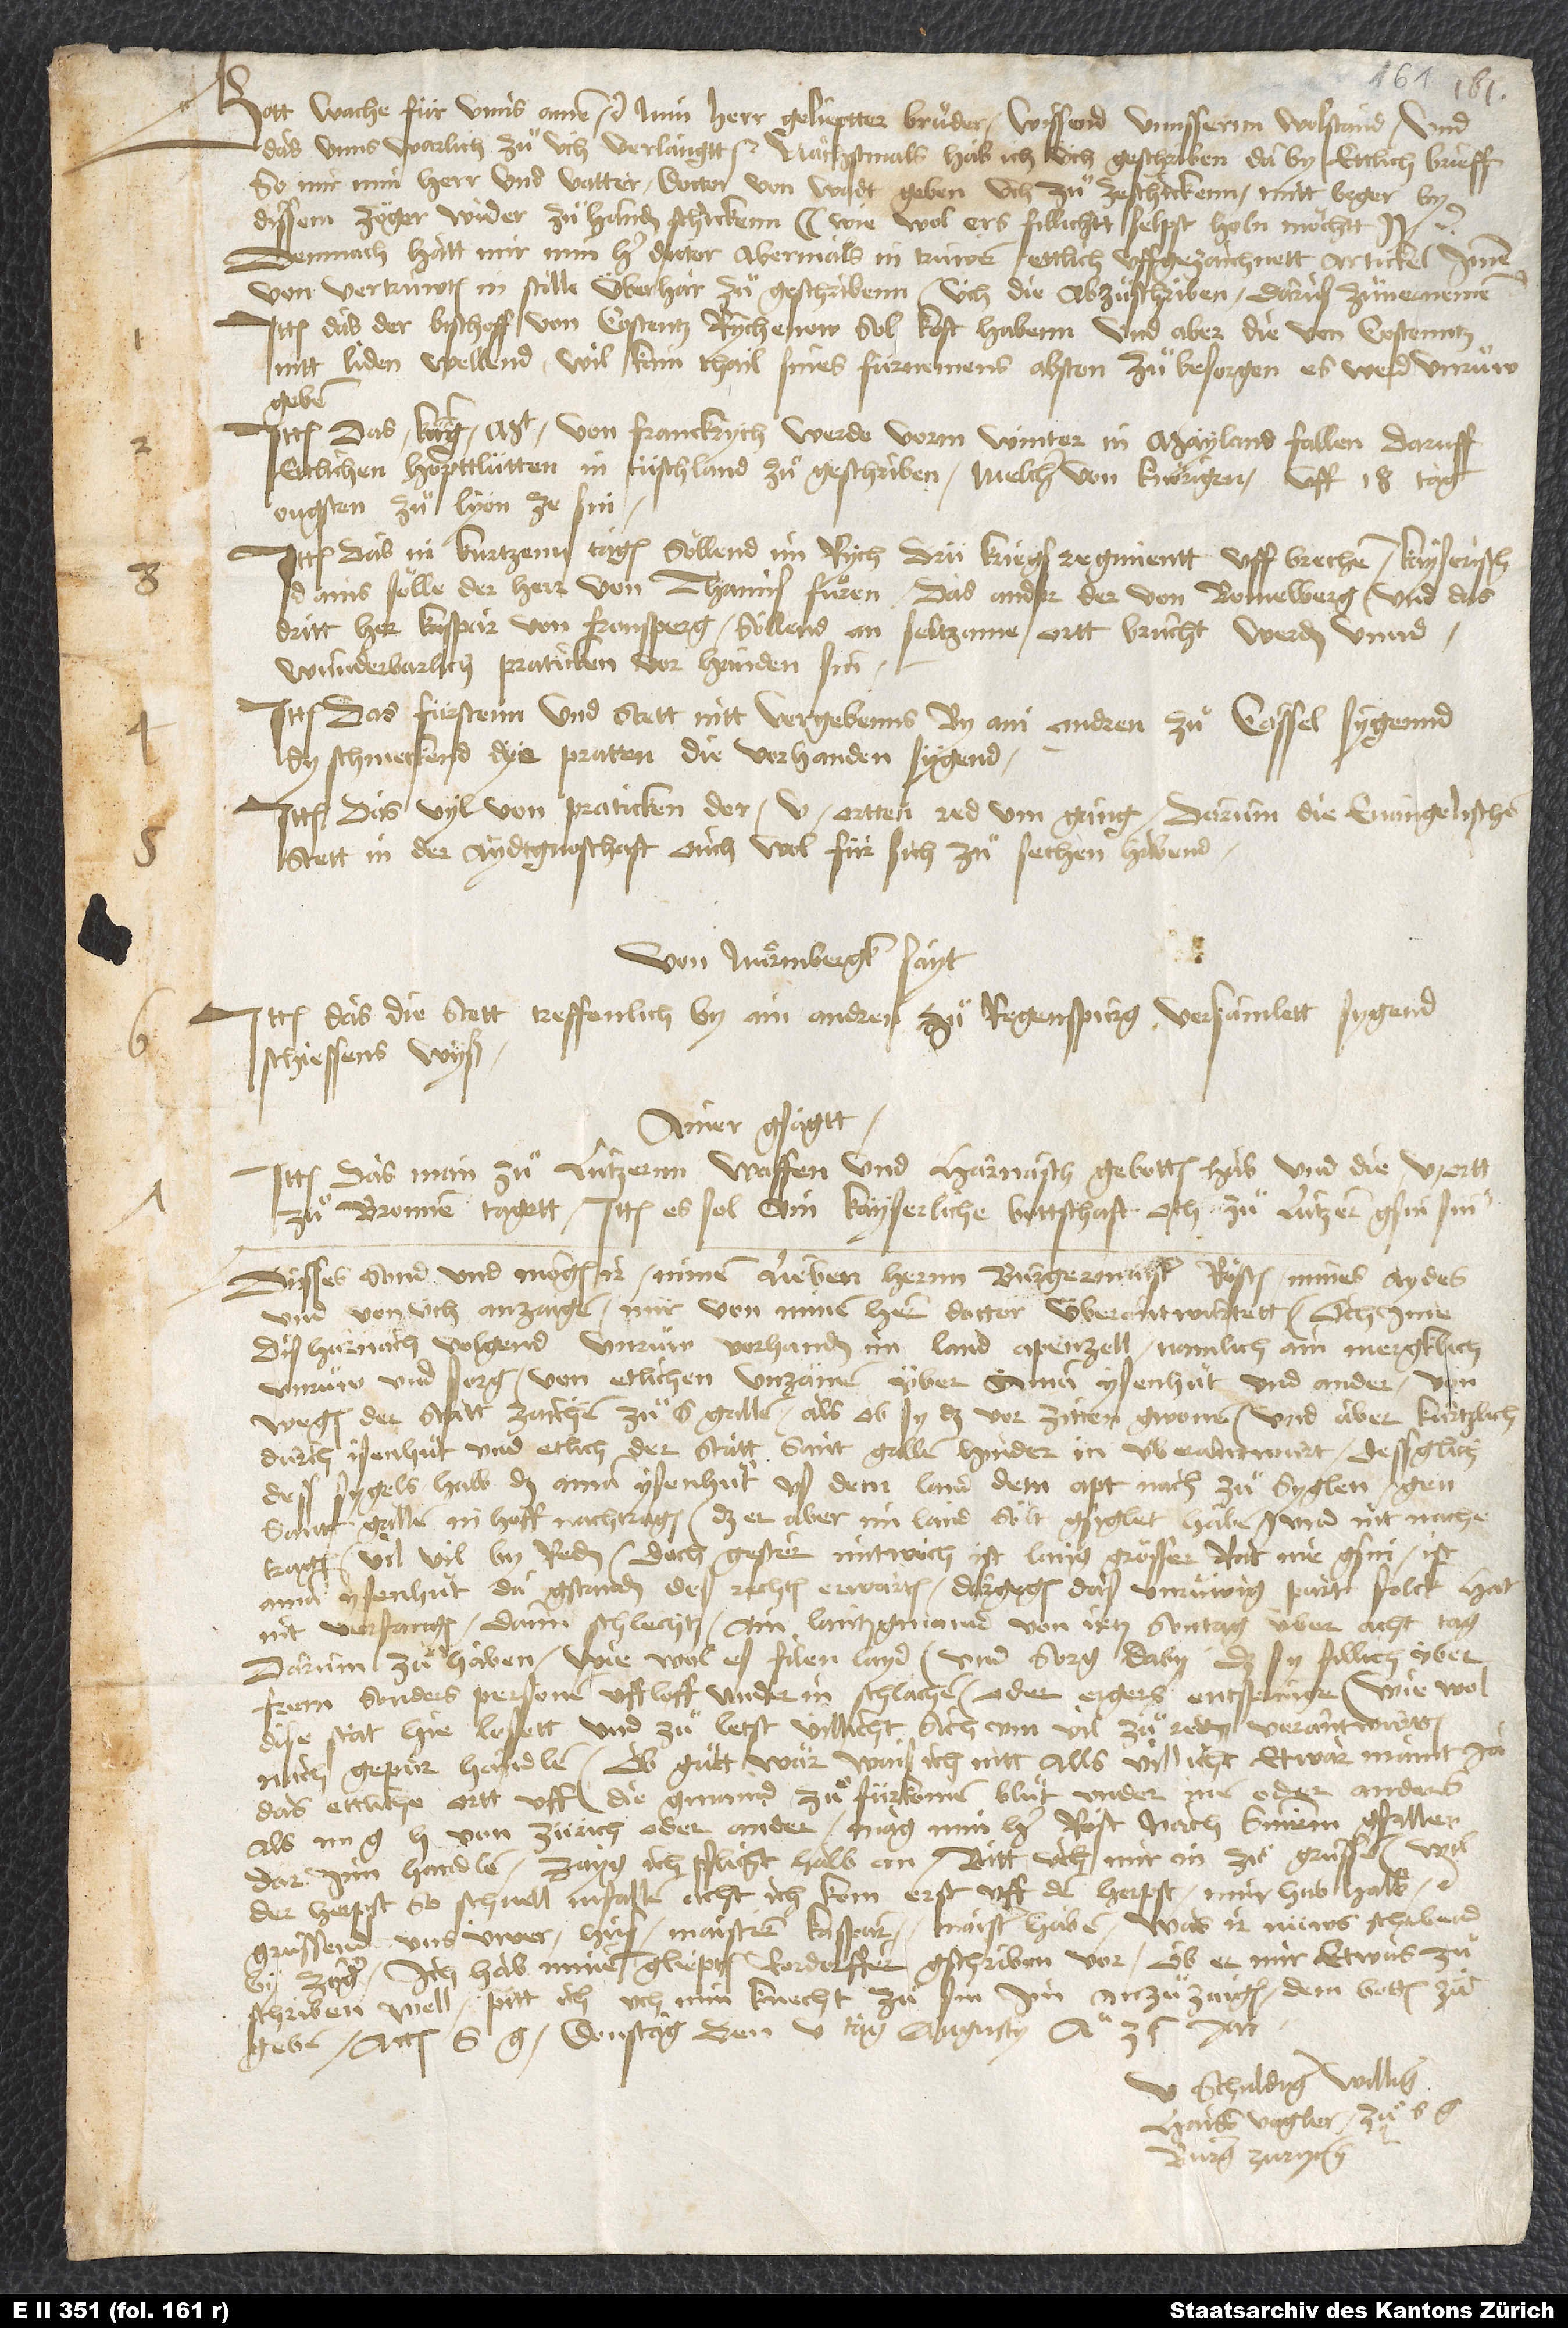
S.

Gott wache für unns. Amen etc. Min herr, gelieptter bruͦder, wissend unnssernn wolstand, und
das unns warlich zuͦ üch verlangtt etc. Nächstmals hab ich üch geschriben, daby ettlich brieff,
so mir min herr und vatter doctor von Wadt geben, uch zuͦzeschickenn, mitt beger, by
dissem zöger wider zuͦ handen schickenn (wie wol ers fillicht selpst holn möchtt) etc.
Demnach hatt mir min herr doctor abermals in trüwen ettlich uffgezaichnett artickel, imme
von vertruwten in stille überhar zuͦgeschribenn, üch die abzuͦschriben, darus zuͦvernemenn:
Ittem das der bischoff von Costentz Rychenow sol koft habenn, und aber die von Costenntz
nitt liden wellend. Wil kain thail sines fürnemens abston. Zuͦ besorgen, es werd unruͦw
Ittem das küngt von Franckrych werde vorm winter in Mayland fallen. Daruff
ettlichen hopttlütten in Tütschiand zuͦgeschriben. Melcher von Knörigen uff 18. tag
ougsten zuͦ Lyon ze sin.
Ittem das in kurtzenn tagen söllend im rych drü kriegsregimentt uffbrechen, kayserisch
Ains sölle der herr von Thamis fuͤren, das ander der von Bomelberg, und das
dritt herr Kaspar von Fronsperg. Söllend an seltzame ortt brucht werden unnd
wunderbarlich praticken vor handen sin.
Ittem das fürstenn und stett nitt vergebenns by ain andren zuͦ Kassel sygennd;
sy schmeckend dye pratten, die vorhanden sygend.
Ittem das vyl von praticken der V ortten red um gang, darumm die evangelischen
stett in der Aydtgnoschaft ouch wol für sich zuͦ sechen habend.
Von Nürmbergk
sayt:
Ittem das die stett treffenlich by ain andren
zuͦ Regenspurg versamlett sygend,
schiessens wyß.
Ainer gsagtt:
Ittem das man zuͦ Lutzernn waffen und harnasch gebotten hab und die V ortt
zuͦ Bronnen tagett. Ittem es sol ain kayserliche bottschaft och zuͦ Lutzern gsin sin.
Disses sond und mögen ir minem lieben hernn burgermaister Rösten mines aydes
und von üch anzaigen, mir von minem hern doctor überantwurtett, och ime
dis harnach volgend: Unruͦw vorhanden im land Apenzell. Namlich ain mergklich
unruͦw und sorg von etlichen unzämen über aman Ysenhuͦt und ander von
wegen der statt zaichen zuͦ S. Gallen, als ob sy das vor zitten gwonnen, und aber kurtzlich
durch Isenhuͦt und etlich der statt Sant Gallen hinder in überantwurt. Dessglich
dess sygels halb, daß aman Ysenhuͦt us dem land, dem apt nach, zuͦ syglen gen
Sant Gallen in hoff nachtragen; daß er aber im land sölt gsiglet haben und nit nache
tragen. Vil vil byreden. Doch gester mitwoch ist lang grosser rat ine gsin. Ist
aman Ysenhuͦt da gstanden, des rechten erwarten dargegen das unruͤwig partfolck. Hat
nit verfangen, dann schlechtz ain lantzgmainen von jetz sontag über acht tag
darum zuͦ haben, wie wol es filen layd. Und sorg daby, daß sy fillich über
from, sonders personen uffloff, under in schlachen oder ergers entspringe, wie wol
dise stat hie losett und zuͦ letst villicht sich um vil zuͦreden verantwurtten,
nach gepür handlen. Ob guͦtt wär, wais ich nit, alls vilicht etwar maint, ja
das ettliche ortt uff die gmaind, zuͦ fürkomen bluͦt under inen oder anders,
als m von Zürich oder ander. Mag min her Röst nach sinem gfallen
darinn handlen. Zayg ich pflicht halb an. Bitt üch, mir in zuͦ gruͤssen. Wil
der herpst so schnell infallen. Acht, ich kom erst uff den herpst, miner hab halb etc.
Gruͤssend uns üwer hus, maistren Kaspar, maister Haben. Was ir nüws, schribend
by zöger. Ich hab minem gliepten Rordorffer gschriben vor, ob er mir etwas
zuͦschriben well. Pitt ich uch, min knecht zuͦ sin, im anzuͦzaigen, dem botten zuͦ
G, donstag, den 5. tag augusty anno 35. jar.